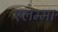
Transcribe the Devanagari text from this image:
एलम्‍मा